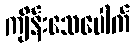
ကျိန်းသေပေါက်